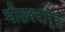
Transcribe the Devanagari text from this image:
भीतरपार्क